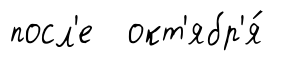
посл'е окт'ябр'я́